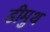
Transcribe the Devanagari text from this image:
डीमुथ